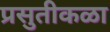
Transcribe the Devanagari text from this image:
प्रसुतीकळा